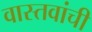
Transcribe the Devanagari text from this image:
वास्तवांची